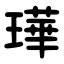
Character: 璍